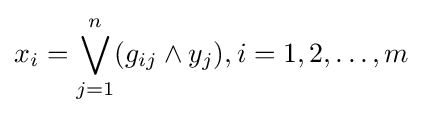
x_{i}=\bigvee _{j=1}^{n}(g_{ij}\wedge y_{j}),i=1,2,\ldots ,m